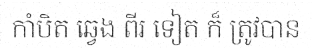
កាំបិត ឆ្វេង ពីរ ទៀត ក៏ ត្រូវបាន